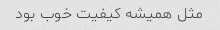
مثل همیشه کیفیت خوب بود